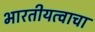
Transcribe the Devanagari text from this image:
भारतीयत्वाचा